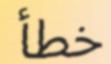
خطأ